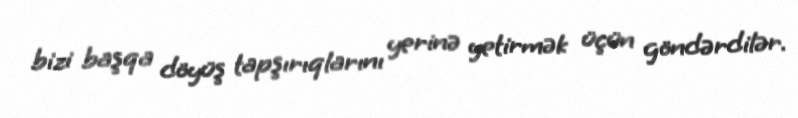
bizi başqa döyüş tapşırıqlarını yerinə yetirmək üçün göndərdilər.